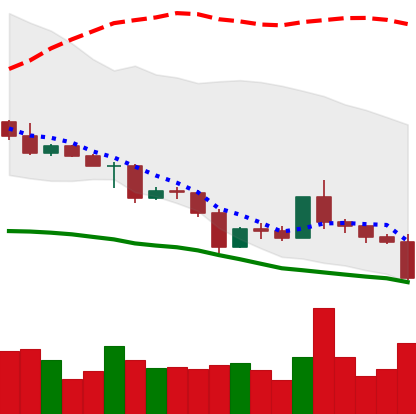
Ticker: ETC-USD
Chart end date: 2022-05-09
Forward return: -7.997%
Label: down_7plus